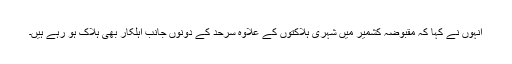
انہوں نے کہا کہ مقبوضہ کشمیر میں شہری ہلاکتوں کے علاوہ سرحد کے دونوں جانب اہلکار بھی ہلاک ہو رہے ہیں۔